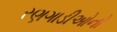
રણગાડીઓનો